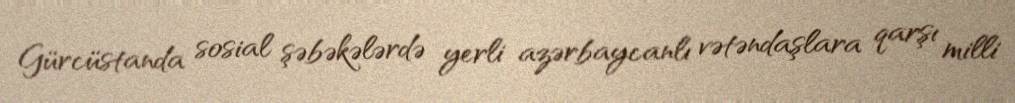
Gürcüstanda sosial şəbəkələrdə yerli azərbaycanlı vətəndaşlara qarşı milli